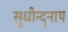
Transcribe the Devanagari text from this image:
सुधीन्दृनाथ